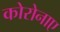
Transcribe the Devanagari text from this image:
कोरोनाए